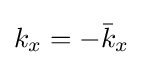
k_{x}=-{\bar {k}}_{x}